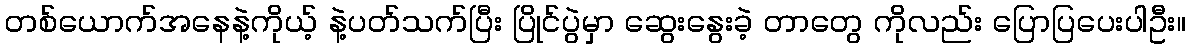
တစ်ယောက်အနေနဲ့ကိုယ့် နဲ့ပတ်သက်ပြီး ပြိုင်ပွဲမှာ ဆွေးနွေးခဲ့ တာတွေ ကိုလည်း ပြောပြပေးပါဦး။